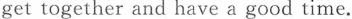
get together and have a good time.